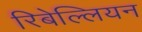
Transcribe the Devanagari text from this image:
रिबेल्लियन